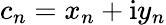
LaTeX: c_{n}=x_{n}+\mathrm{i}y_{n}